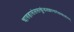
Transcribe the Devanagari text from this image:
चारुहासंलसत्कुंडलक्रान्तगंडस्थलांगम्‌